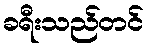
ခရီးသည်တင်